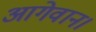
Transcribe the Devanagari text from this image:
आगेवान।